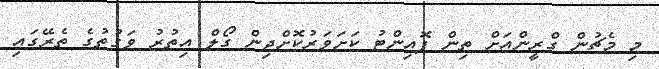
މި މެޗުން ގްރީންއަށް ތިން ޕޮއިންޓު ކަށަވަރުކޮށްދިން ގޯލް އިތުރު ވަގުތުގެ ތެރޭގައި